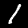
Label: 1